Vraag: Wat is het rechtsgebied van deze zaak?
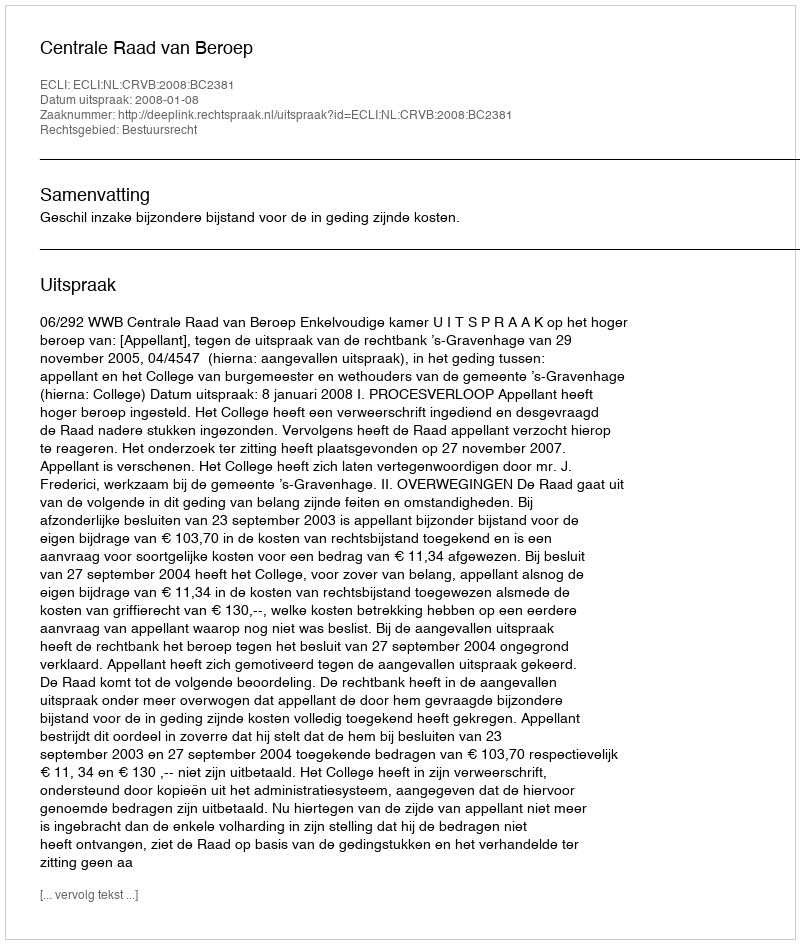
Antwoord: Bestuursrecht